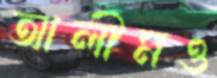
আলীমও